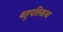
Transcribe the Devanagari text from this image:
बहुपतिकत्व